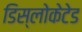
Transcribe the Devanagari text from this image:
डिस्लोकेटेड